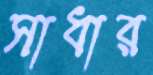
সাধার